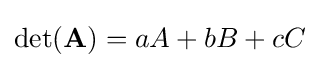
\det(\mathbf {A} )=aA+bB+cC